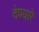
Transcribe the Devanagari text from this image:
देण्यारे